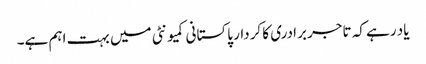
یاد رہے کہ تاجر برادری کا کردار پاکستانی کمیونٹی میں بہت اہم ہے۔